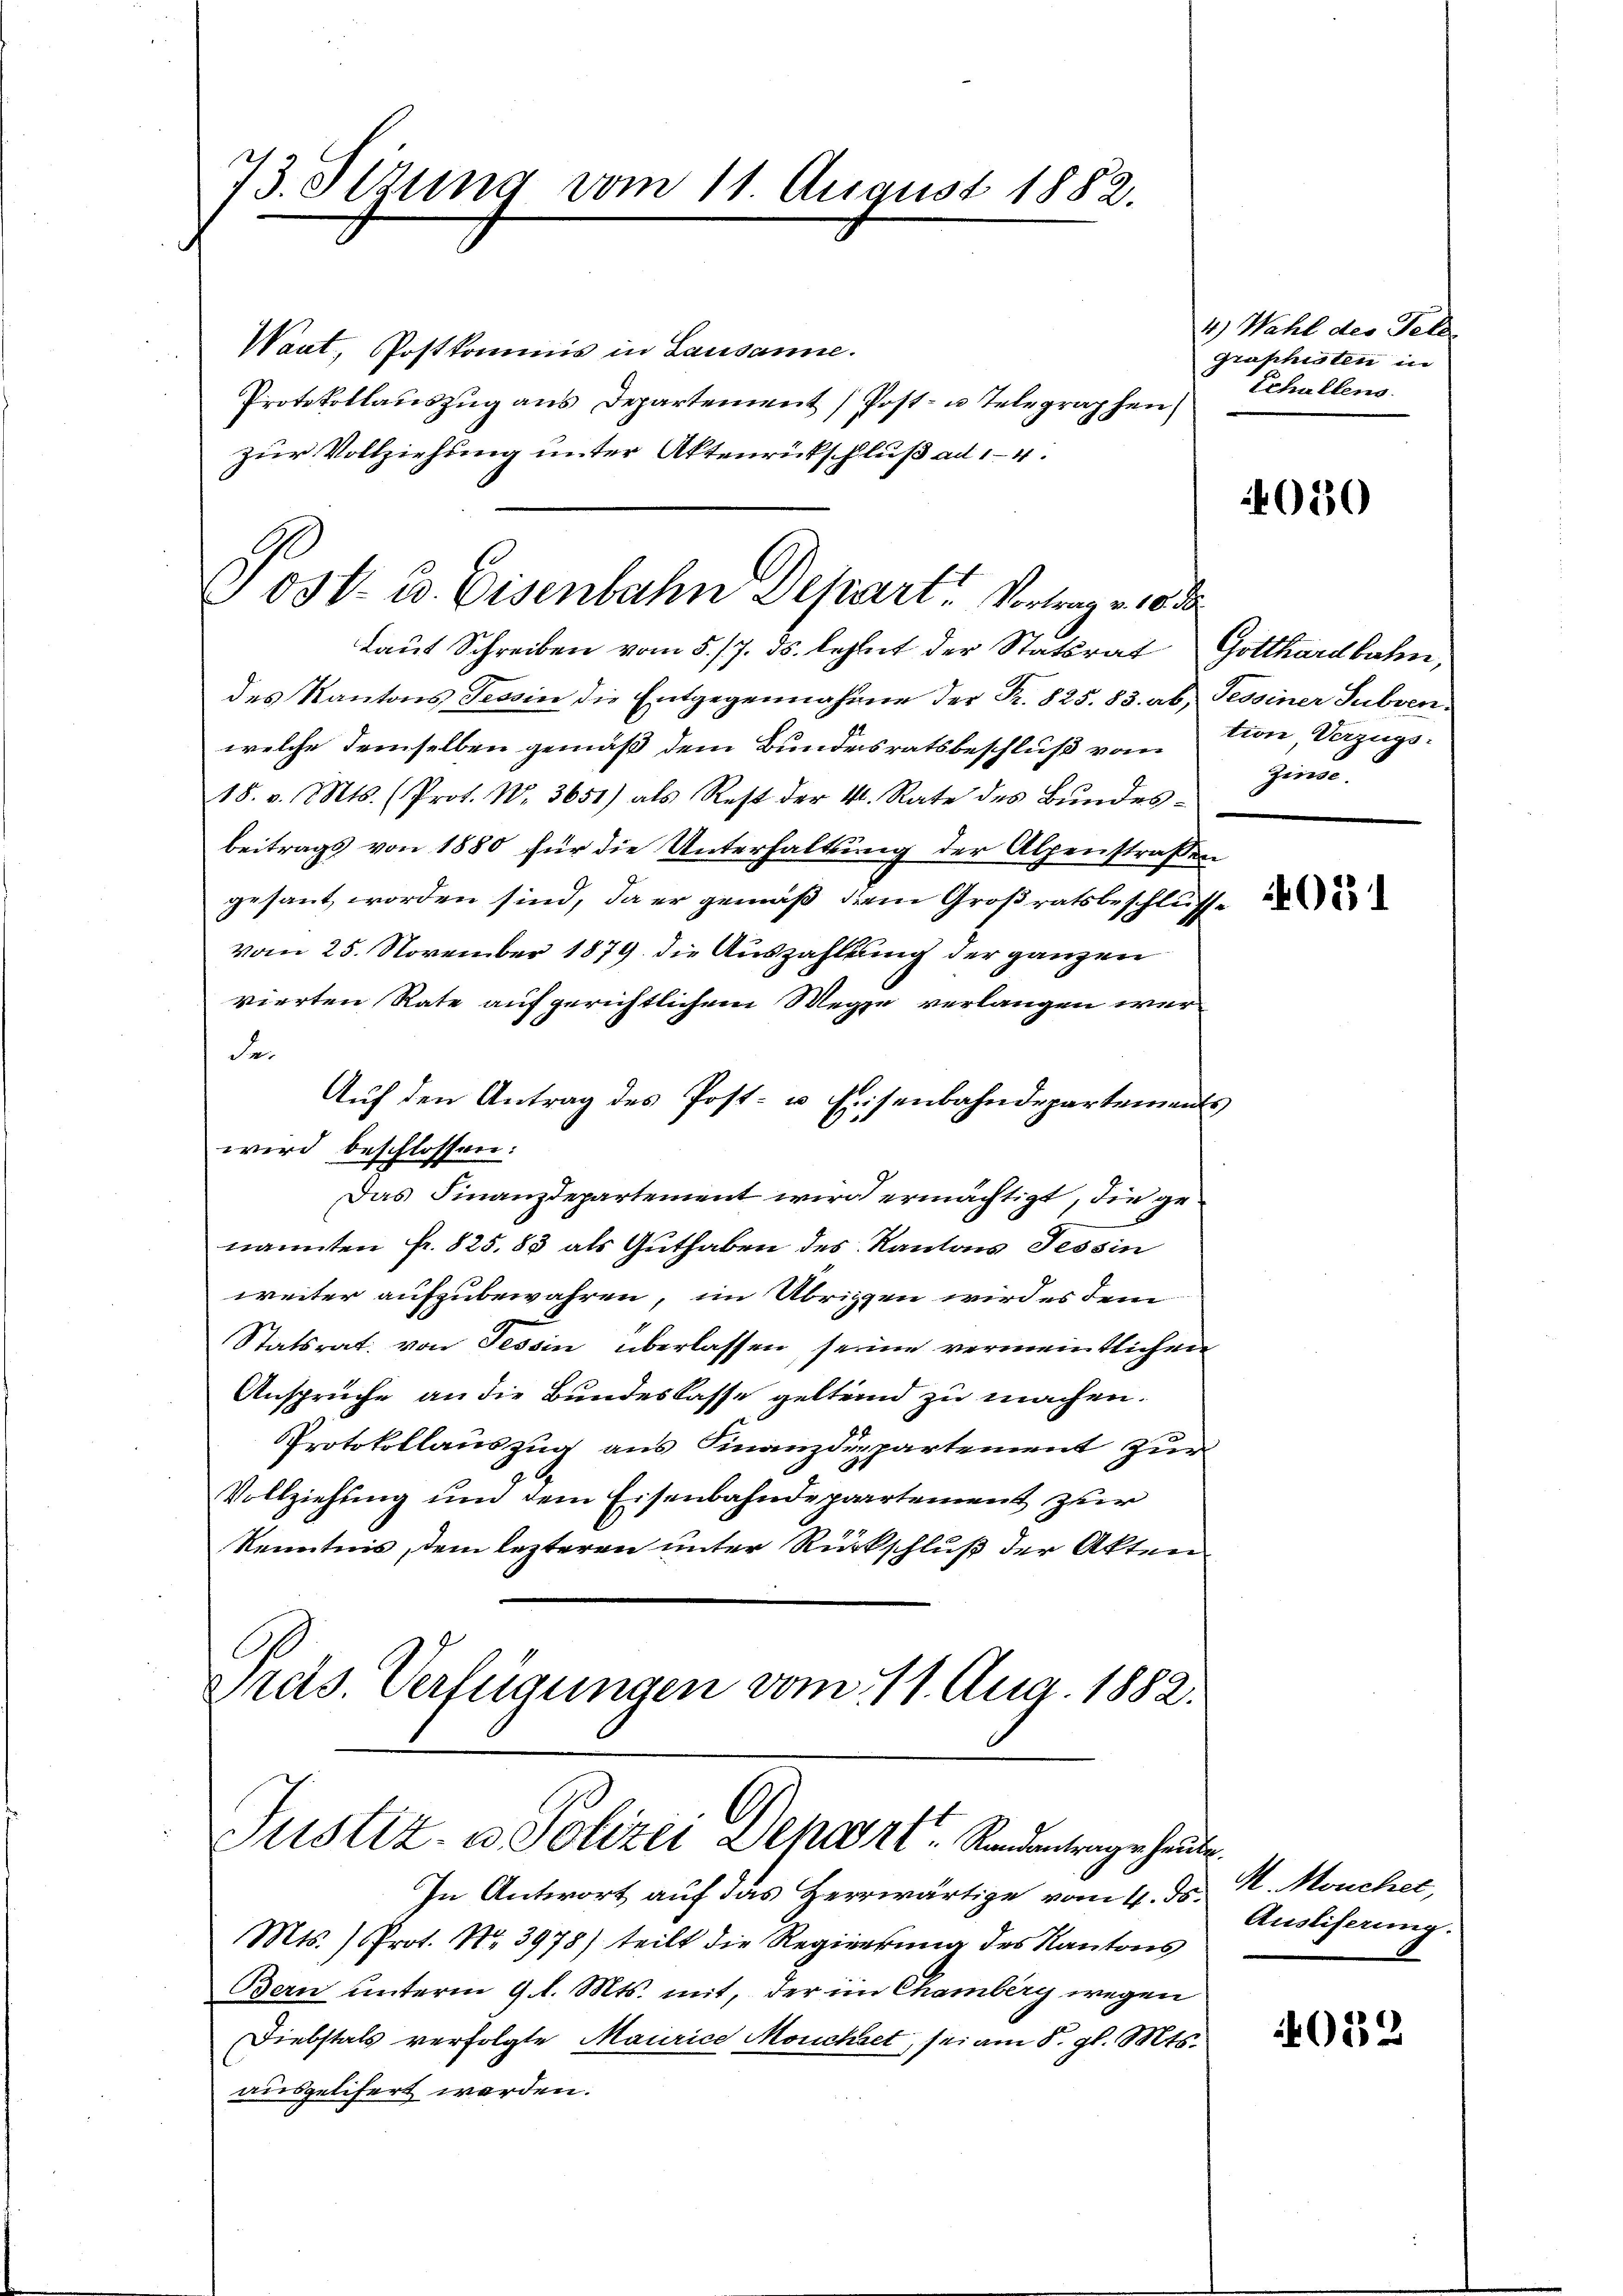
73. Sizung vom 11. August 1882.

Jost- u. Eisenbahn Depart. Vertrag v. 10.

Waat, Postkommis in Lausanne.
Protokollauszug aus Departement (Post- u. Telegraphen
zur Vollziehung unter Aktenrütschluß ad 1-4.
laut Schreiben vom 5./7. ds. leztet der Statsrat Gotthardbahn,
des Kantons Tessin die Entgegennahme der Fr. 825. 83. ab, Tessiner Subven
welche demselben gemäß dem Bundesratsbeschluß vom Ton, Verzugs¬
18. v. Mts. (Prot. N. 3651) als Rest der v. Rate des Bŭndes-
beitrags von 1880 für die Unterhaltung der Alpenstraßen
gesant worden sind, da er gemäß dem Großratsbeschlüsse
vom 25. November 1879 die Auszahlung der ganzen
vierten Rate aufgerichtlichem Wege verlangen werder
Aŭf den Antrag des Post- u. Eisenbahndepartements
wird beschlossen:
Das Finanzdepartement wird ermächtigt, die genannten fr. 825.83 als Guthaben des Kantons Tessin
weiter aufzubewahren, im Übrigen wird es dem
Statsrat, von Tessin überlassen seine vermeintlichen
Ansprüche an die Bundeskasse gelten zu machen.
Protokollauszug aus Finanzdepartement zur
Vollziehung und dem Eisenbahndepartement zur
Kenntnis, dem lezteren unter Rückschluß der Akten
Prets. Verfügungen vom 11. Aug. 1882.

Justiz- u Polizei Depart. Randentrage heute.
In Antwort auf das Herrwärtige vom 4. ds. H. Mouncher,

4.) Wahl des Feld
graphisten in
Schallens.

Mts. ) Prot. Nr. 3975) teilt die Regierŭng des Kantons
Bern unterm 9. d. Mts. mit, der im Chamberg wegen
Diebstals verfolgte Maurice Morchset, sei am 8. gl. Mts.
ausgelifert werden.

050

hiren.

021

Ausliserung

4022